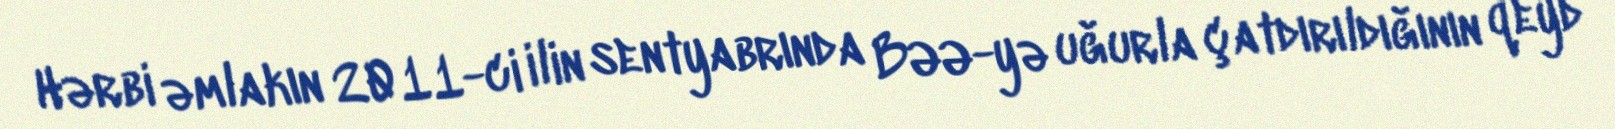
Hərbi əmlakın 2011-ci ilin sentyabrında BƏƏ-yə uğurla çatdırıldığının qeyd